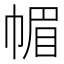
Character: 𢃼